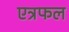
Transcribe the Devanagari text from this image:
एत्रफल